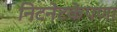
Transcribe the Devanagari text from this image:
निटनेटकेपणा